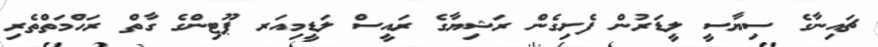
ޗައިނާގެ ސިޔާސީ ލީޑަރުން ފެށިގެން ރަޝިޔާގެ ރައީސް ލަޑީމިއަރ ޕޫޓިންގެ ގާތް ރަހްމަތްތެރި